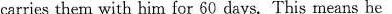
carries them with him for 60 days. This means he